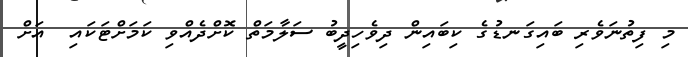
މި ފިތުނަވެރި ބައިގަނޑުގެ ކިބައިން ދިވެހިދީބު ސަލާމަތް ކޮށްދެއްވި ކަމަށްޓަކައި  އަށް